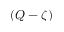
( Q - \zeta )